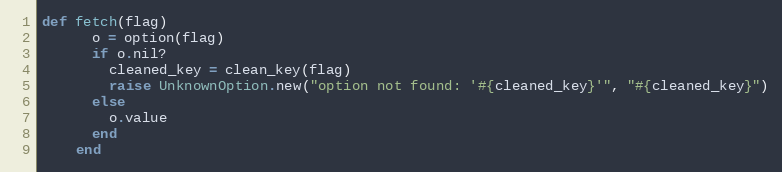
Language: Ruby
def fetch(flag)
      o = option(flag)
      if o.nil?
        cleaned_key = clean_key(flag)
        raise UnknownOption.new("option not found: '#{cleaned_key}'", "#{cleaned_key}")
      else
        o.value
      end
    end